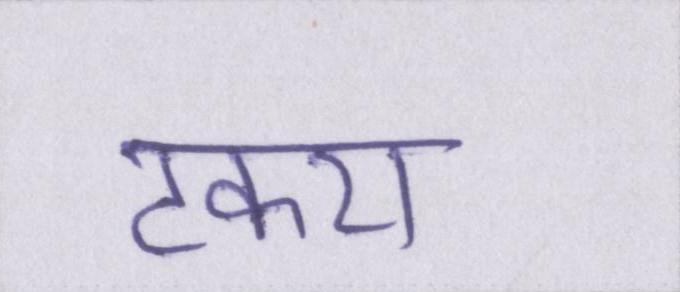
टकरा